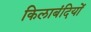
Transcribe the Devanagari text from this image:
किलाबंदियों